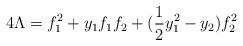
LaTeX: \begin{align*}4 \Lambda = f_1^2 + y_1 f_1 f_2 + (\frac{1}{2} y^2_1 - y_2) f_2^2\end{align*}